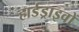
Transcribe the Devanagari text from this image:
हार्डड्राइवों